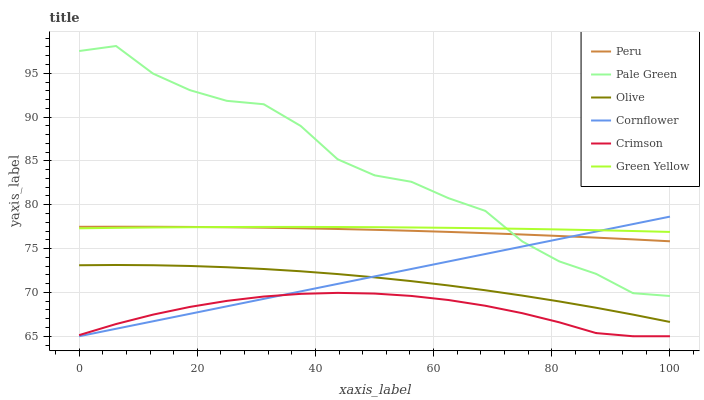
| xaxis_label | Peru | Pale Green | Olive | Cornflower | Crimson | Green Yellow |
 | --- | --- | --- | --- | --- | --- | --- |
 | 0 | 77.5 | 97.5 | 73.1 | 65 | 65.1 | 77.3 |
 | 6.25 | 77.5 | 98.1 | 73.1 | 65.9 | 66.4 | 77.4 |
 | 12.5 | 77.5 | 95 | 73.1 | 66.7 | 67.5 | 77.4 |
 | 18.8 | 77.5 | 93.1 | 73 | 67.6 | 68.3 | 77.4 |
 | 25 | 77.4 | 91.9 | 72.9 | 68.4 | 69 | 77.5 |
 | 31.2 | 77.4 | 91.5 | 72.7 | 69.3 | 69.5 | 77.5 |
 | 37.5 | 77.3 | 89 | 72.4 | 70.1 | 69.8 | 77.5 |
 | 43.8 | 77.2 | 85.2 | 72.1 | 71 | 69.9 | 77.5 |
 | 50 | 77.1 | 83.4 | 71.7 | 71.8 | 69.9 | 77.4 |
 | 56.2 | 77 | 82.6 | 71.3 | 72.7 | 69.6 | 77.4 |
 | 62.5 | 76.9 | 80.8 | 70.8 | 73.5 | 69.1 | 77.4 |
 | 68.8 | 76.8 | 79.3 | 70.2 | 74.4 | 68.5 | 77.3 |
 | 75 | 76.6 | 75.8 | 69.6 | 75.2 | 67.6 | 77.3 |
 | 81.2 | 76.4 | 73.5 | 69 | 76.1 | 66.6 | 77.2 |
 | 87.5 | 76.2 | 72.1 | 68.3 | 76.9 | 65.4 | 77.1 |
 | 93.8 | 76 | 69.9 | 67.5 | 77.8 | 65 | 77 |
 | 100 | 75.8 | 69.6 | 66.6 | 78.6 | 65 | 76.9 |